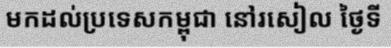
មកដល់ប្រទេសកម្ពុជា នៅរសៀល ថ្ងៃទី